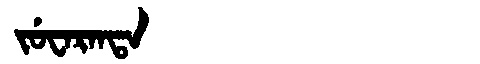
Manchu: ᠵᡠᠸᠠᡵᠠᠨᡨᠠ
Romanization: JUWARANTA